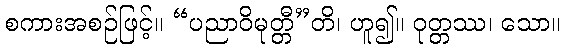
စကားအစဉ်ဖြင့်။ “ပညာဝိမုတ္တီ”တိ၊ ဟူ၍။ ဝုတ္တဿ၊ သော။